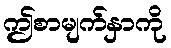
ဤစာမျက်နှာကို